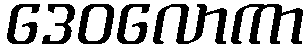
ဒေဝလောကာ